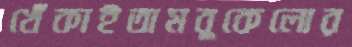
খেঁকাইতামবুকেলোর